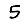
Digit: 5